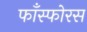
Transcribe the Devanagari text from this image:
फाँस्फोरस